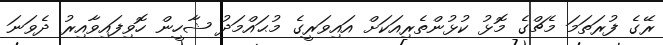
ރޭގެ ފުރަތަމަ މެޗްގެ މޮޅު ކުޅުންތެރިއަކަށް އައިވަރީގެ މުޙައްމަދު ޝާހީން ހޮވިފައިވާއިރު ދެވަނަ